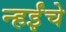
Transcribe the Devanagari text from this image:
न्हईंचे